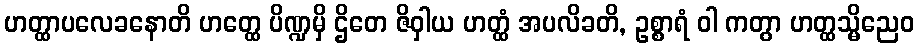
ဟတ္ထာပလေခနောတိ ဟတ္ထေ ပိဏ္ဍမှိ ဌိတေ ဇိဝှါယ ဟတ္ထံ အပလိခတိ, ဥစ္စာရံ ဝါ ကတွာ ဟတ္ထသ္မိညေဝ